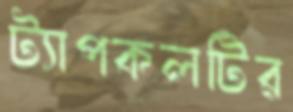
ট্যাপকলটির